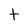
Character: t